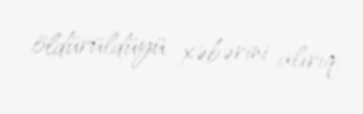
öldürüldüyü xəbərini alırıq.